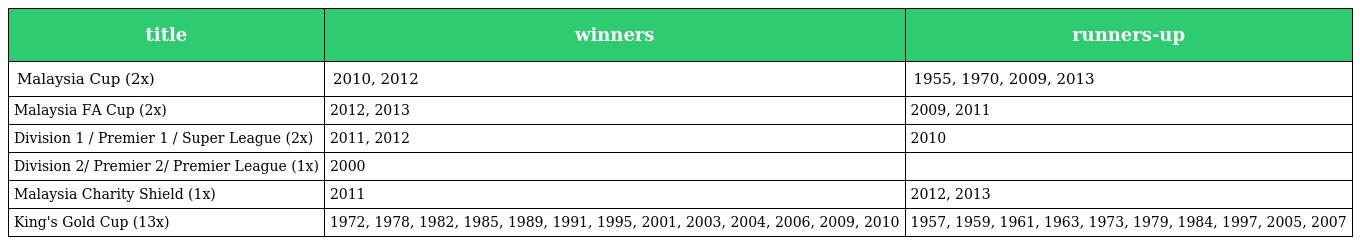
| title | winners | runners-up |
 | --- | --- | --- |
 | Malaysia Cup (2x) | 2010, 2012 | 1955, 1970, 2009, 2013 |
 | Malaysia FA Cup (2x) | 2012, 2013 | 2009, 2011 |
 | Division 1 / Premier 1 / Super League (2x) | 2011, 2012 | 2010 |
 | Division 2/ Premier 2/ Premier League (1x) | 2000 |  |
 | Malaysia Charity Shield (1x) | 2011 | 2012, 2013 |
 | King's Gold Cup (13x) | 1972, 1978, 1982, 1985, 1989, 1991, 1995, 2001, 2003, 2004, 2006, 2009, 2010 | 1957, 1959, 1961, 1963, 1973, 1979, 1984, 1997, 2005, 2007 |